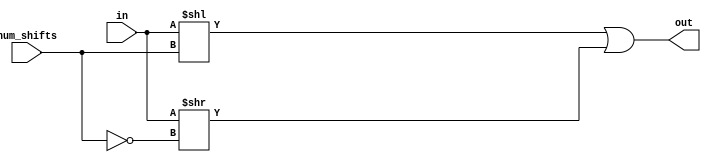
module rol32 (in, num_shifts, out);
	input wire signed[31:0] in;
	input wire signed[31:0] num_shifts;
	output wire signed[31:0] out;
	
		
	assign out = (in << num_shifts) | (in >> ~num_shifts);


endmodule